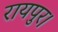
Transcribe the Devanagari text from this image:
रायपुर।